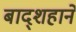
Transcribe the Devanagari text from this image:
बाद्शहाने